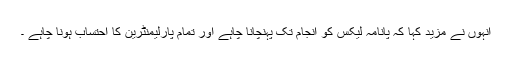
انہوں نے مزید کہا کہ پانامہ لیکس کو انجام تک پہنچانا چاہے اور تمام پارلیمنٹرین کا احتساب ہونا چاہے ۔